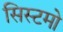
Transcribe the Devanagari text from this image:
सिस्टमो